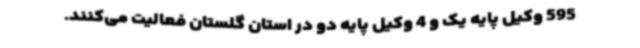
595 وکیل پایه یک و 4 وکیل پایه دو در استان گلستان فعالیت می‌کنند.